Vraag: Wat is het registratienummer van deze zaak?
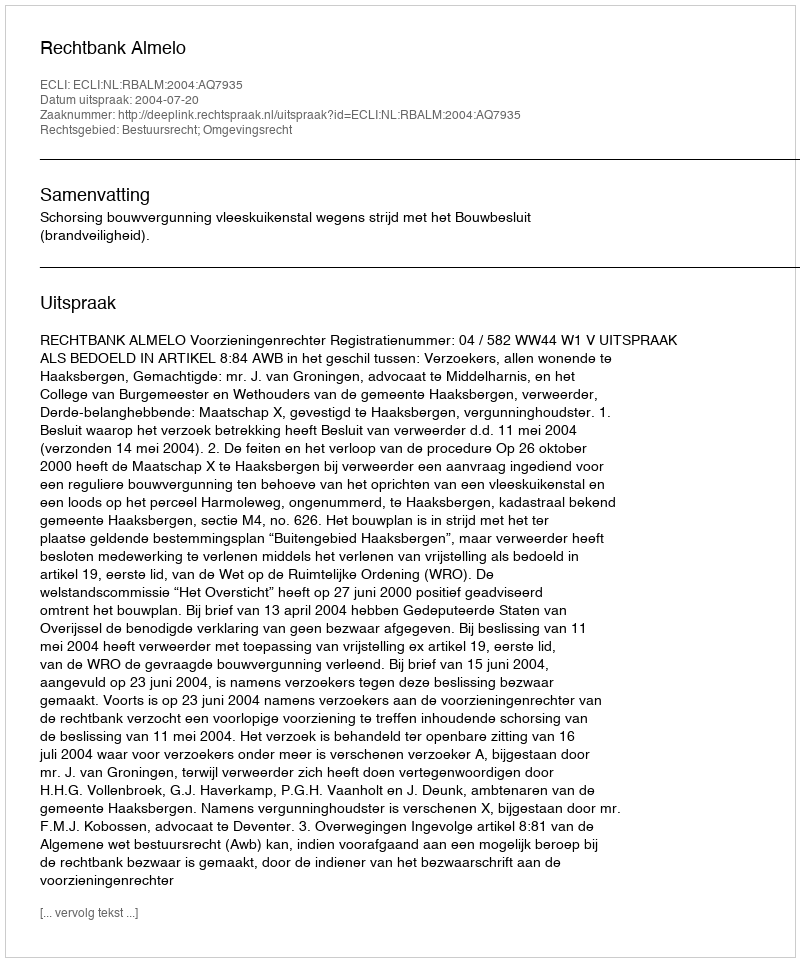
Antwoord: http://deeplink.rechtspraak.nl/uitspraak?id=ECLI:NL:RBALM:2004:AQ7935